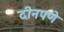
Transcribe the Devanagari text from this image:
दीनपणे